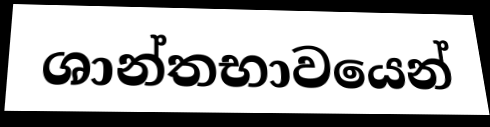
ශාන්තභාවයෙන්